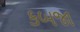
કબજા